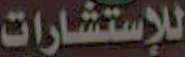
للإستشارات